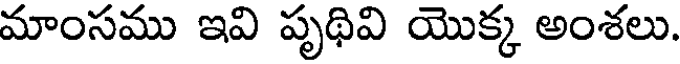
మాంసము ఇవి పృథివి యొక్క అంశలు.